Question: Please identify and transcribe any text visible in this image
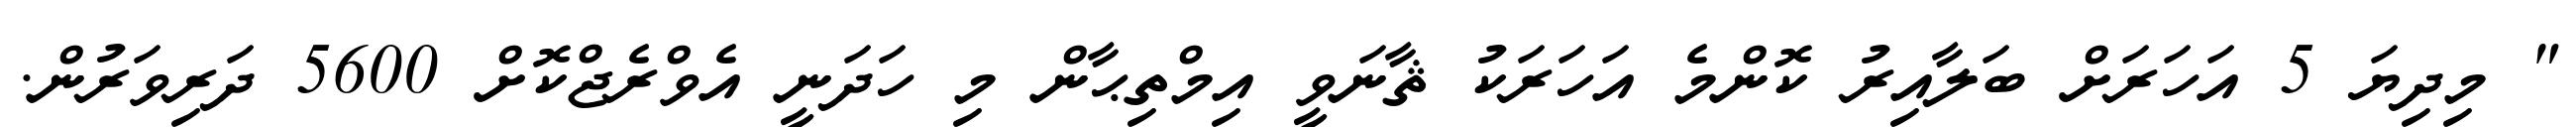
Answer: " މިދިޔަ 5 އަހަރަށް ބަލާއިރު ކޮންމެ އަހަރަކު ޘާނަވީ އިމްތިޙާން މި ހަދަނީ އެވްރެޖްކޮށް 5600 ދަރިވަރުން.